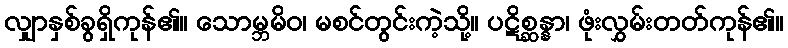
လျှာနှစ်ခွရှိကုန်၏။ သောမ္ဘမိဝ၊ မစင်တွင်းကဲ့သို့။ ပဋိစ္ဆန္နာ၊ ဖုံးလွှမ်းတတ်ကုန်၏။